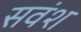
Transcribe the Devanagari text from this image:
सवंश